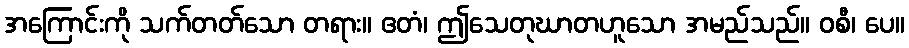
အကြောင်းကို သက်တတ်သော တရား။ ဧတံ၊ ဤသေတုဃာတဟူသော အမည်သည်။ ဝစီ၊ ပေ။